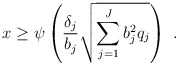
\begin{align*}x \ge \psi \left( {\frac{{{\delta _j}}}{{{b_j}}}\sqrt {\sum\limits_{j = 1}^J {b_j^2{q_j}} } } \right) \ .\end{align*}